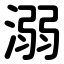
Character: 溺